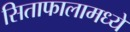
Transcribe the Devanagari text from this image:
सिताफालामध्ये